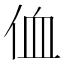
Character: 侐